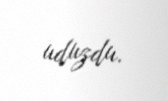
uduzdu.